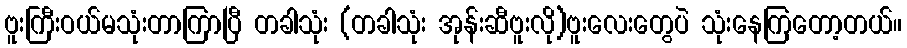
ဗူးကြီးဝယ်မသုံးတာကြာပြီ တခါသုံး (တခါသုံး အုန်းဆီဗူးလို)ဗူးလေးတွေပဲ သုံးနေကြတော့တယ်။